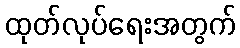
ထုတ်လုပ်ရေးအတွက်